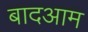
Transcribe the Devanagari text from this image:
बादआम